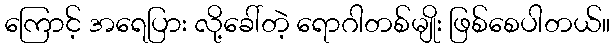
ကြောင့် အရေပြား လို့ခေါ်တဲ့ ရောဂါတစ်မျိုး ဖြစ်စေပါတယ်။